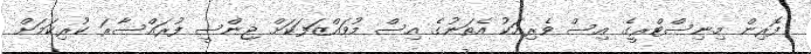
ފޮރިން މިނިސްޓްރީގެ އިސް ވެރިއަކު އެތަނުގެ އިސް މުވައްޒަފަކަށް ޖިންސީ ފުރައްސާރަ ކުރިކަމަށް